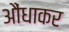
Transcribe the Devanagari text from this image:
औंधाकर